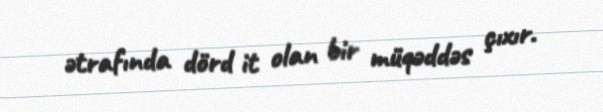
ətrafında dörd it olan bir müqəddəs çıxır.